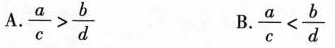
A.$$\frac { a } { c } > \frac { b } { d }$$ B.$$\frac { a } { c } < \frac { b } { d }$$